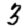
Digit: 3